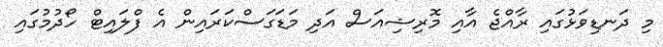
މި ދަނޑިވަޅުގައި ރާއްޖެ އާއި މޮރިޝިއަސް އަދި މަޑަގަސްކަރައިން އެ ފްލައިޓް ހޯދުމުގައި